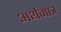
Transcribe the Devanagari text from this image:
अर्थमात्र